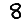
Digit: 8